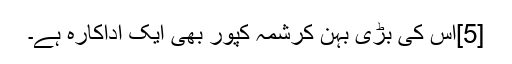
[5]اس کی بڑی بہن کرشمہ کپور بھی ایک اداکارہ ہے۔